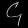
Digit: ၄